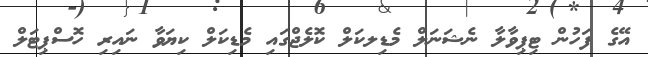
އޭގެ ފަހުން ޓިޕިވާލާ ނެޝަނަލް މެޑިލކަލް ކޮލެޖްގައި މެޑިކަލް ކިޔަވާ ނައިރި ހޮސްޕިޓަލް